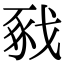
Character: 𢧈